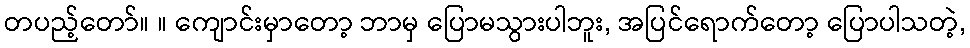
တပည့်တော်။ ။ ကျောင်းမှာတော့ ဘာမှ ပြောမသွားပါဘူး, အပြင်ရောက်တော့ ပြောပါသတဲ့,